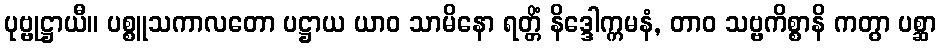
ပုဗ္ဗုဋ္ဌာယီ။ ပစ္စူသကာလတော ပဋ္ဌာယ ယာဝ သာမိနော ရတ္တိံ နိဒ္ဒေါက္ကမနံ, တာဝ သဗ္ဗကိစ္စာနိ ကတွာ ပစ္ဆာ